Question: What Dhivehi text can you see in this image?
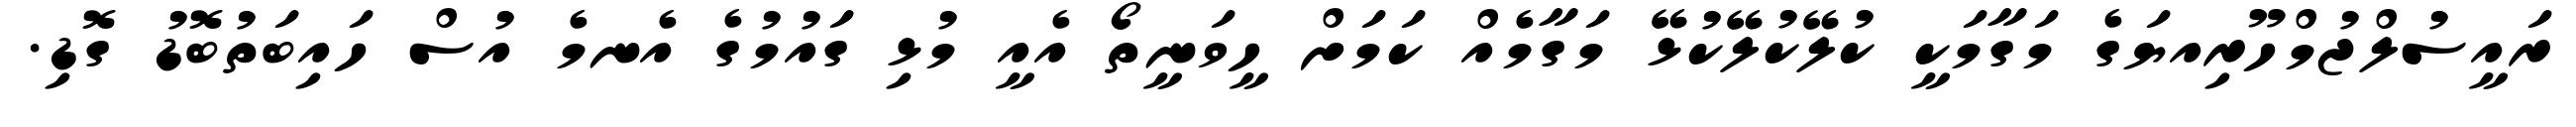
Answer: ރައީސުލްޖުމްހޫރިއޔަގެ މަގާމަކީ ކުލޭކުލޭކުޅޭ މަގާމެއް ކަމަށް ހީވަނީތޯ އެއީ މުޅި ގައުމުގެ އެނމެ އުސް ހައިބަތުބޮޑު ގޮޑި.